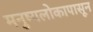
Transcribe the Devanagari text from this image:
मनुष्यलोकापासून